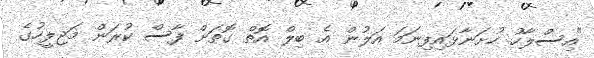
"އިސްލާހު ހުށަނާޅައިފިނަމަ އަލުން އެ ބިލް އޮތް ގޮތަށް ފާސް ކުރަން މަޖިލީހުގެ